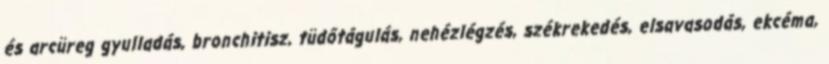
és arcüreg gyulladás, bronchitisz, tüdőtágulás, nehézlégzés, székrekedés, elsavasodás, ekcéma,